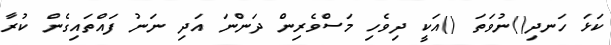
ކަޅަ ހަނދި()ނުވަތަ ()އަކީ ދިވެހި މަސްވެރިން ދަންނަ އަދި ނަނު ފައްތައިގެން ކުރާ